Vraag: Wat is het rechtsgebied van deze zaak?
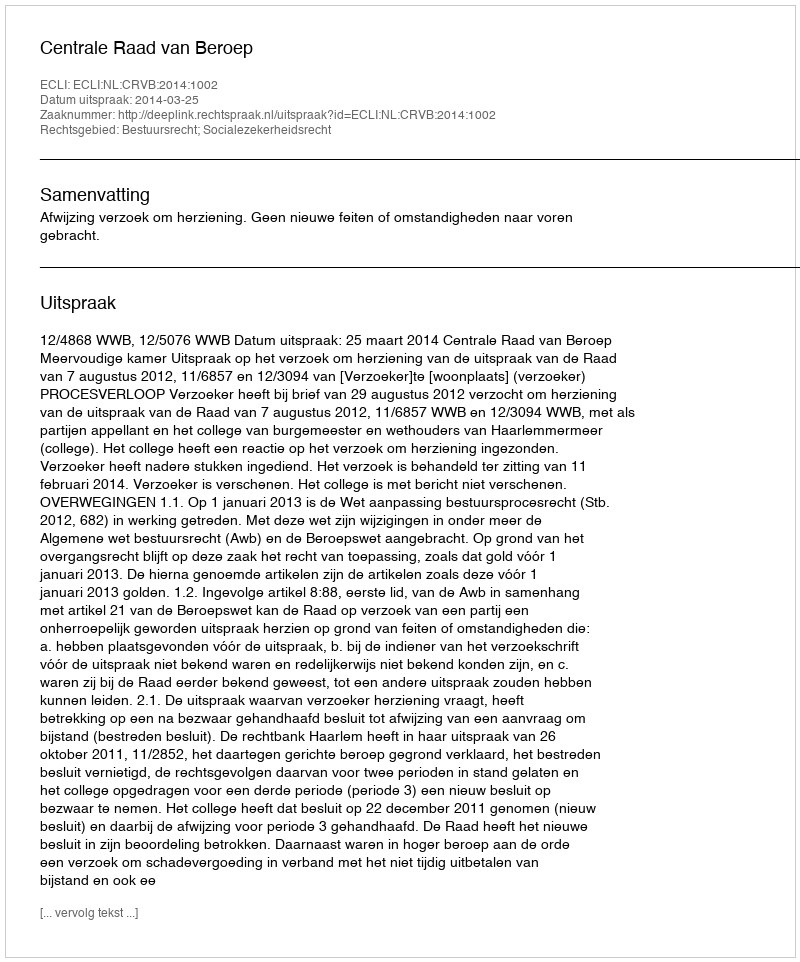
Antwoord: Bestuursrecht; Socialezekerheidsrecht